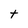
Character: t